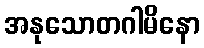
အနုသောတဂါမိနော